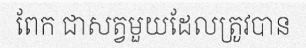
ពែក ជាសត្វមួយដែលត្រូវបាន